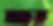
ছা